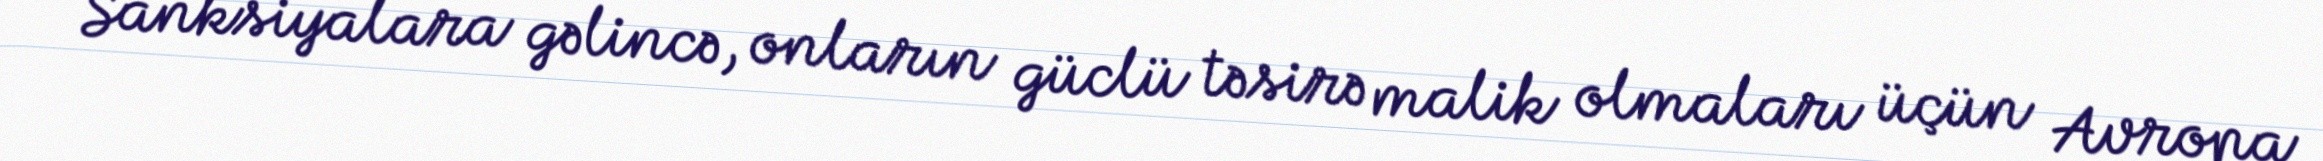
Sanksiyalara gəlincə, onların güclü təsirə malik olmaları üçün Avropa